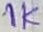
Text: 1K